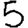
Digit: 5